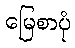
မြေစာပုံ